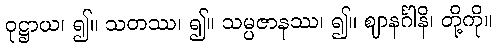
ဝုဋ္ဌာယ၊ ၍။ သတဿ၊ ၍။ သမ္ပဇာနဿ၊ ၍။ ဈာနင်္ဂါနိ၊ တို့ကို။